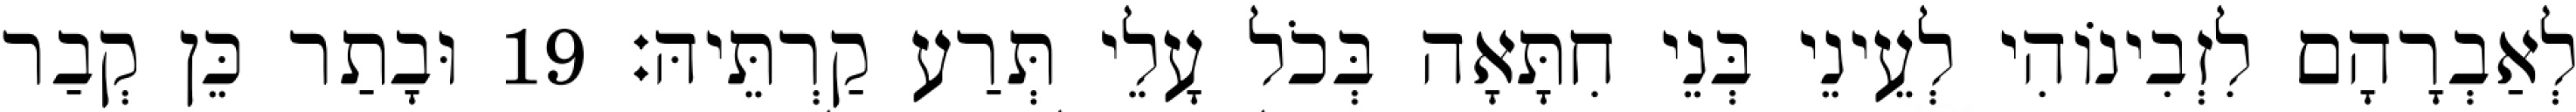
לְאַבְרָהָם לִזְבִינוֹהִי לְעֵינֵי בְּנֵי חִתָּאָה בְּכֹל עָלֵי תְּרַע קַרְתֵּיהּ׃ 19 וּבָתַר כֵּן קְבַר